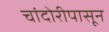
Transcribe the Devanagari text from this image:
चांदोरीपासून